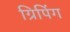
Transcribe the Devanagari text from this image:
ग्रिपिंग